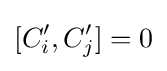
[C'_{i},C'_{j}]=0\,\!